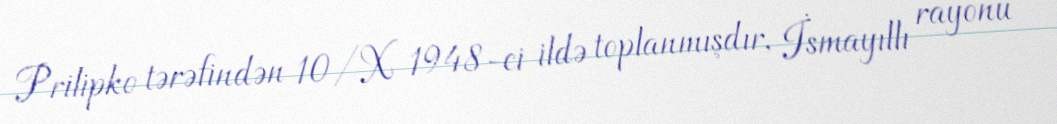
Prilipko tərəfindən 10/X 1948-ci ildə toplanmışdır, İsmayıllı rayonu